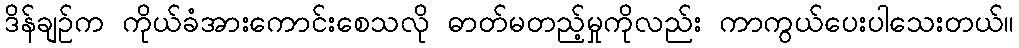
ဒိန်ချဉ်က ကိုယ်ခံအားကောင်းစေသလို ဓာတ်မတည့်မှုကိုလည်း ကာကွယ်ပေးပါသေးတယ်။